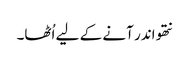
نتھو اندر آنے کے لیے اُٹھا۔